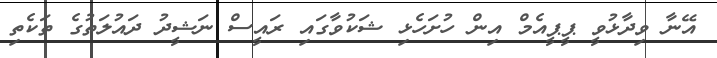
އޭނާ ވިދާޅުވީ ޕީޕީއެމް އިން ހުށަހެޅި ޝަކުވާގައި ރައީސް ނަޝީދު ދައުލަތުގެ ތަކެތި